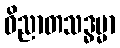
ဝိညာတသဒ္ဓမ္မာ